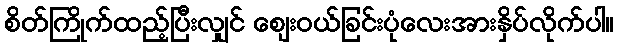
စိတ်ကြိုက်ထည့်ပြီးလျှင် ဈေးဝယ်ခြင်းပုံလေးအားနှိပ်လိုက်ပါ။